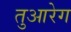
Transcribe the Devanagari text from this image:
तुआरेग